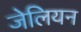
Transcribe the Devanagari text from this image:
जेलियन